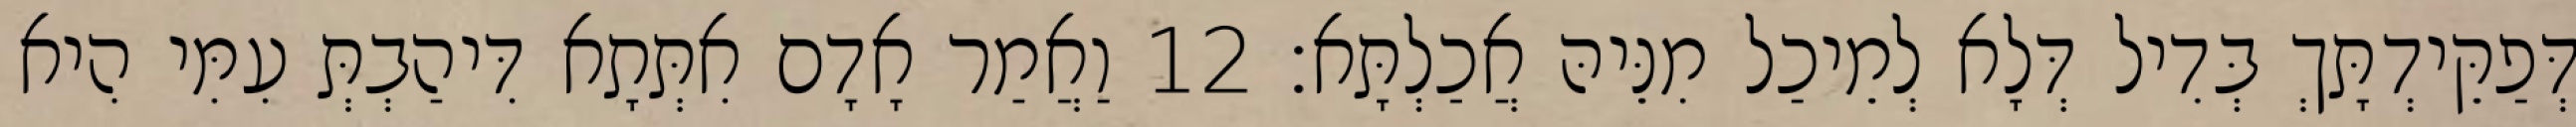
דְּפַקֵּידְתָּךְ בְּדִיל דְּלָא לְמֵיכַל מִנֵּיהּ אֲכַלְתָּא׃ 12 וַאֲמַר אָדָם אִתְּתָא דִּיהַבְתְּ עִמִּי הִיא